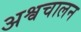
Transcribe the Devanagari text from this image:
अश्वचालन